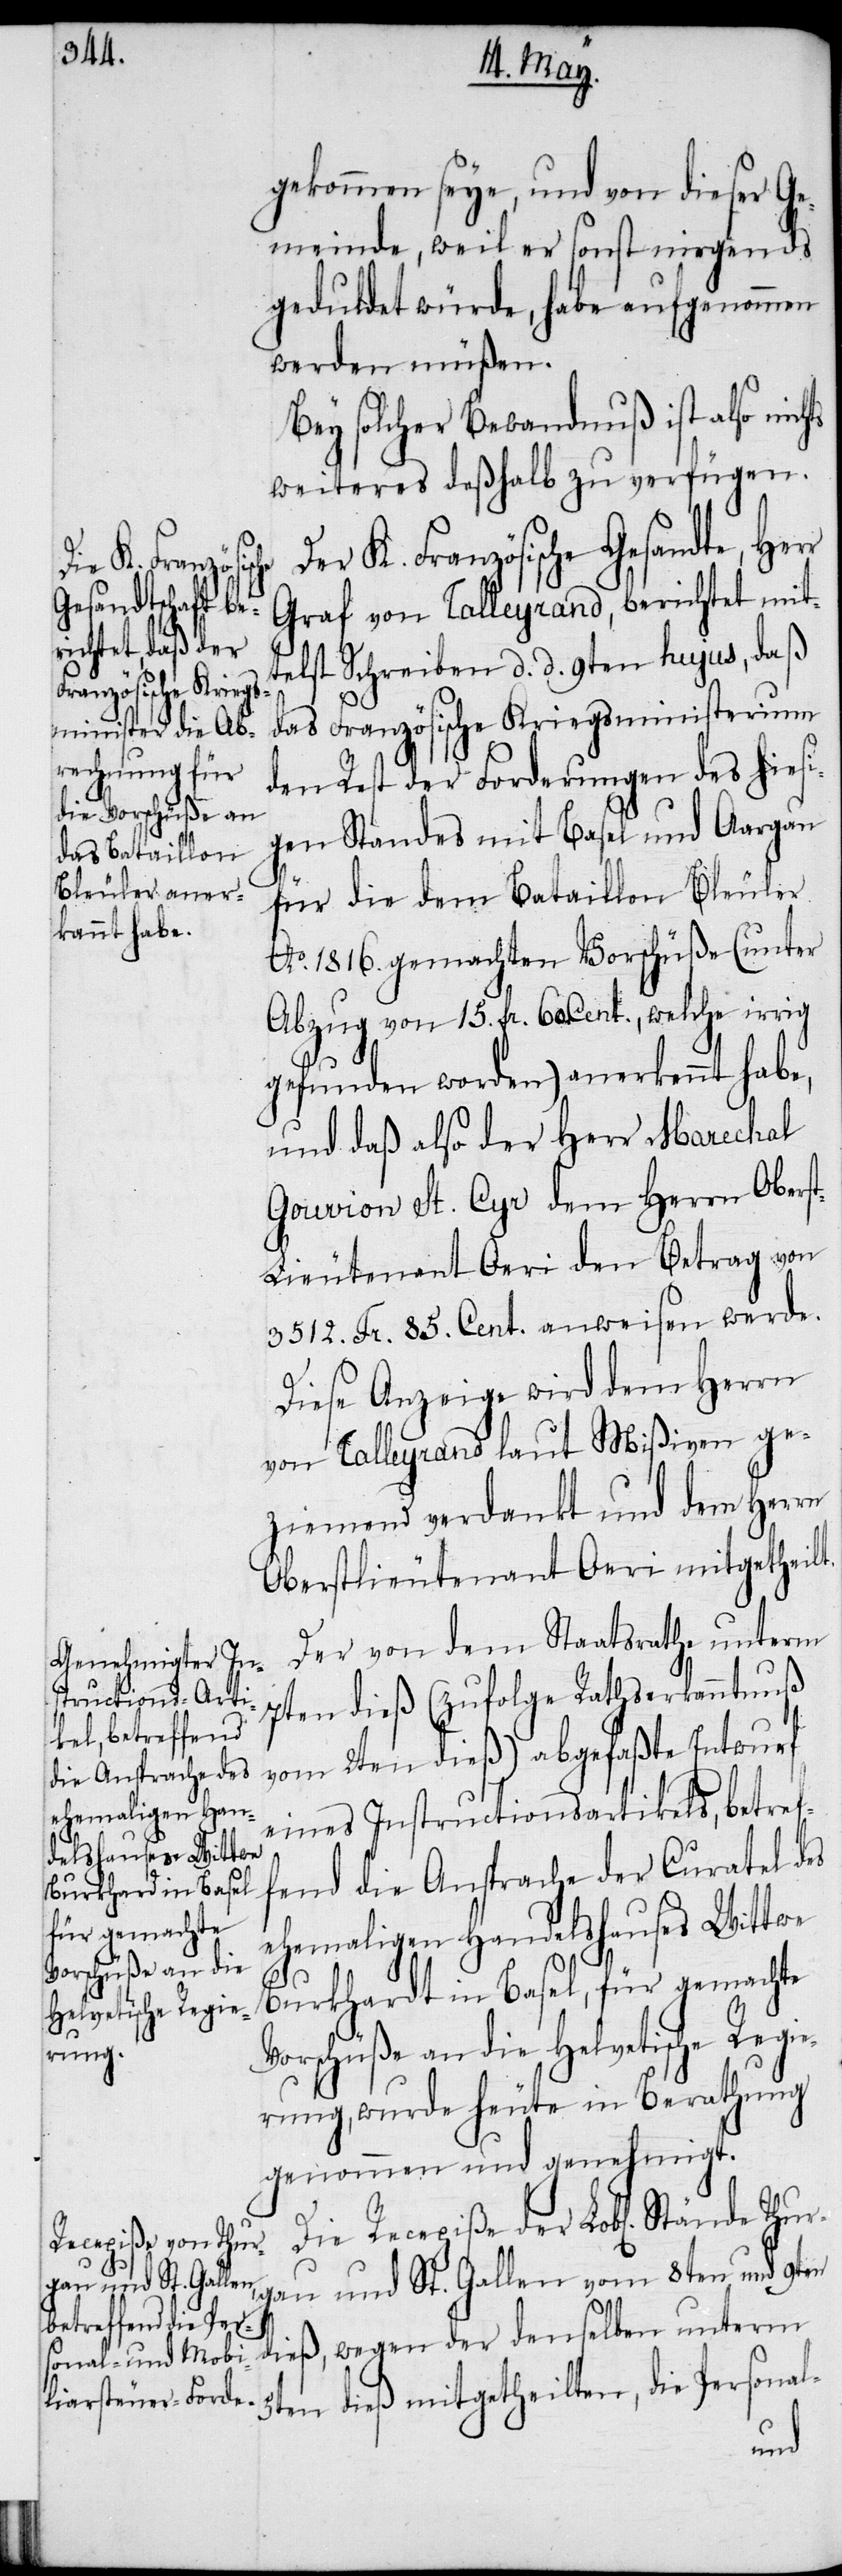
für gemachte
Vorschüße an die
Helvetische Regie¬

gekommen sey, und von dieser Ge¬
meinde, weil er sonst nirgends
geduldet würde, habe aufgenommen
werden müßen.
Der K. Französische Gesandte, Herr
Graf von Talleyrand, berichtet mit¬
telst Schreiben d. d. 9ten hujus, daß
das Französische Kriegsministerium
den Rest der Forderungen des hiesi¬
gen Standes mit Basel und Aargau
für die dem Bataillon Bleuler
Ao. 1816. gemachten Vorschüße (unter
Abzug von 15. fr. 60. Cent., welche irrig
gefunden worden) anerkennt habe,
und daß also der Herr Marechal
Gouvion St. Cyr dem Herrn Obers¬
t-Lieutenant Oeri den Betrag von
3512. Fr. 85. Cent. anweisen werde.
Diese Anzeige wird dem Herrn
von Talleyrand laut Mißiven ge¬
ziemend verdankt und dem Herrn
Oberstlieutenant Oeri mitgetheilt.
Der von dem Staatsrathe unterm
7ten dieß (zufolge Rathserkanntnuß
vom 2ten dieß) abgefaßte Entwurf
eines Instructionsartikels, betref¬
fend die Ansprache der Curatel des
ehemaligen Handelshauses Wittwe
Recepiße der Lobl[ichen]
rung, wurde heute in Berathung
genommen und genehmigt.
gau und St. Gallen vom 8ten und 9ten
dieß, wegen der denselben unterm
5ten dieß mitgetheilten, die Personal-
ur¬